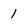
Character: 1